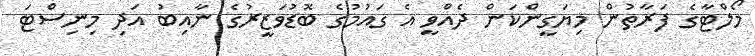
މޯލްޓާގެ ފަރާތުން މިޔަގީންކަން ދެއްވީ އެ ގައުމުގެ ބޮޑުވަޒީރުގެ ނާއިބު އަދި މިނިސްޓަ